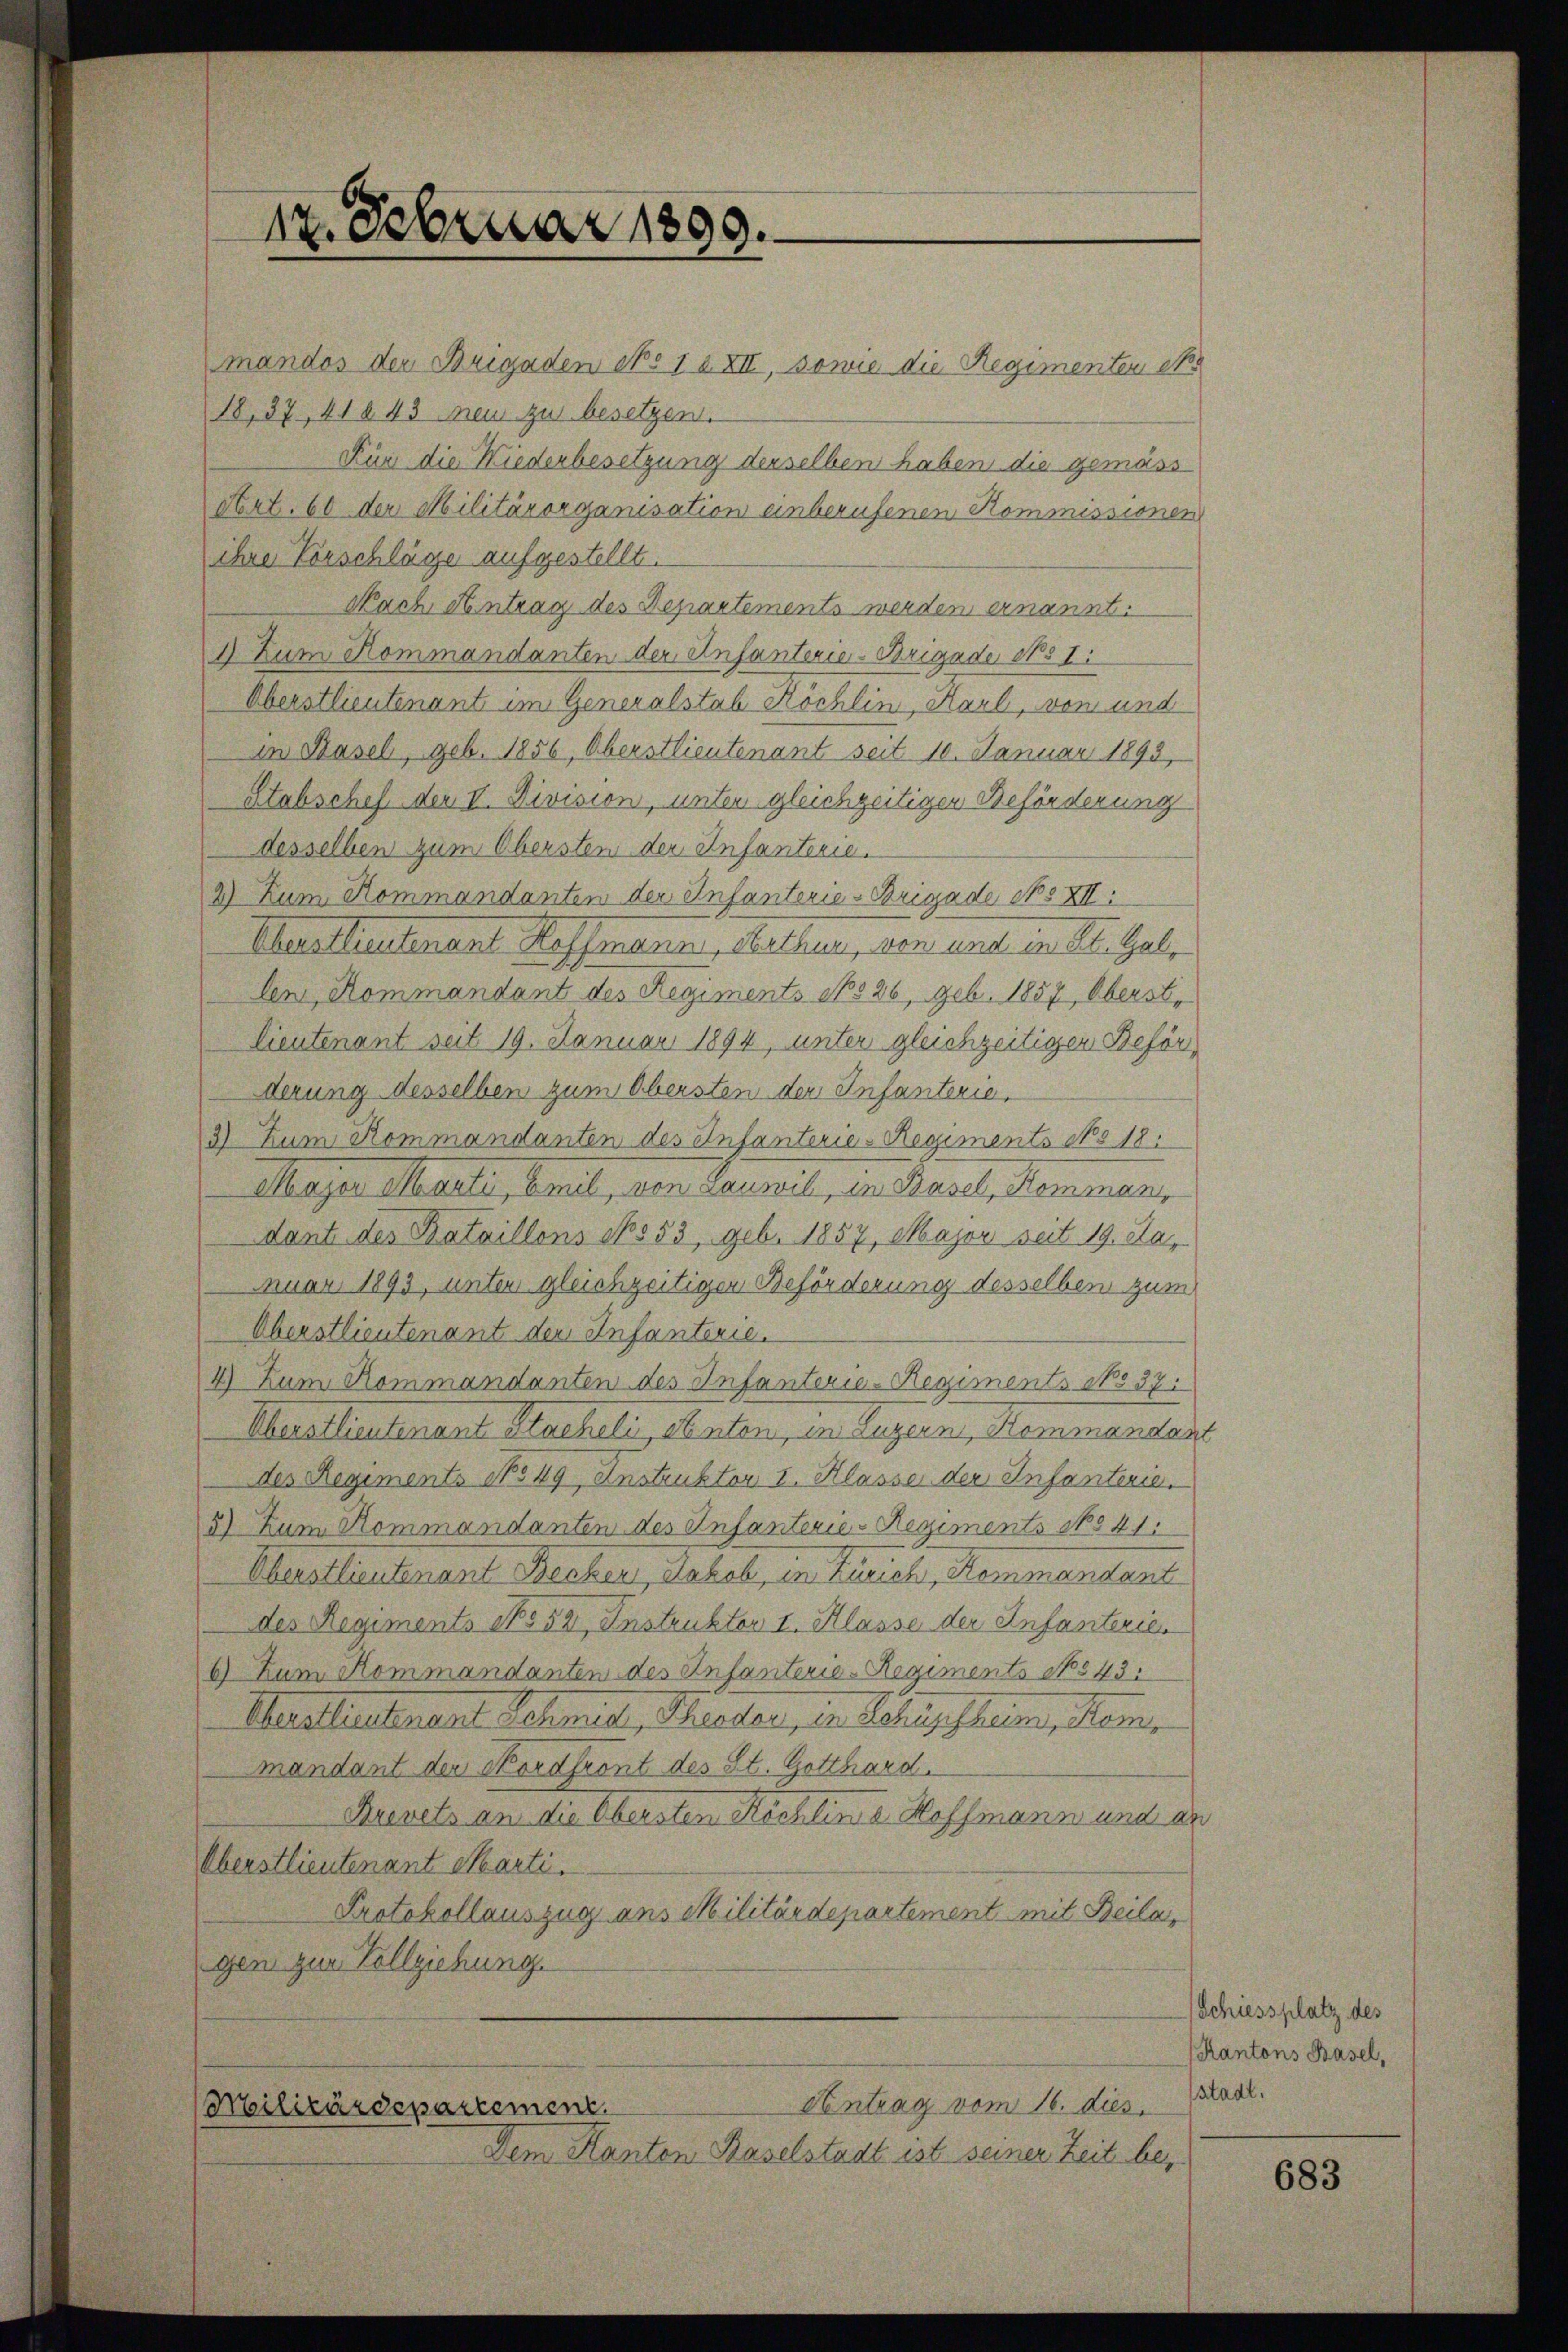
mandos der Brigaden No 12 XII, sowie die Regimenten et.
18,37, 41843 neu zu besetzen.
Kür die Niederbesetzung derselben haben die gemäss
Art. 60 der Militärorganisation einberufenen Kommissionen
ihre Vorschläge aufgestellt.
Nach Antrag des Departements werden ernannt.
1) Zum Rommandanten der Anfanterie-Brigade No 1.
Oberstlieutenant im Generalstab Köchlin, Karl, von und
in Hasel, geb. 1856, Oberstlieutenant seit 10. Januar 1895,
Stabschef der II. Division, unter gleichzeitigen Beförderung
desselben zum Obersten der Infanterie.
2) Zum Kommandanten der Infanterie-Brigade No XII.
Cherstlieutenant Hoffmann, Methur, von und in St. Galden Kommandant des Regiments No 26, geb. 1857, Oberst¬
Lieutenant seit 19. Januar 1894, unter gleichzeitiger Beförderung desselben zum Obersten der Infanterie¬
3) Zum Kommandanten des Infanterie-Regiments No 18.
Mazer Marti, Emil, von Lauwil, in Basel, Kommann
dant des Bataillons 16553, geb. 1857, Major seit 19. Das
nuar 1893, unter gleichzeitiger Beförderung desselben zum
Oberstlieutenant der Infanterie.
4) Zum Kommandanten des Infanterie-Regiments No 37.
Meistlieutenant Stackeli, Anton, in Luzern, Hemmandant
des Regiments No 49, Instruktor I. Klasse der Infanterie.
3) Zum Kommandanten des Infanterie-Regiments No 41.
Oberstlieutnant Recher, Jakob, in Zürich, Kenmantent
des Regiments No 52, Instruktor I. Klasse der Anfanterier
6) Zum Kommandanten des Infanterie-Regiments No 45.
Martiennant Schmidt, Muster, den Bedingsheim, Heinr
mandant der Mordfront des St. Gotthard.
Rrevets an die Obersten Köchlina Hoffmann und an
Oberstlieutenant charti.
Protokollauszug aus Militärdepartement mit Beila
gen zur Vollziehung.

12. Februar 1899.

Militärdepartement.

Antrag vom 16. dies
Dem Kanton Baselstadt ist seiner Zeit bes

Schiessplatz des
Kantons Basel,
stadt.

683